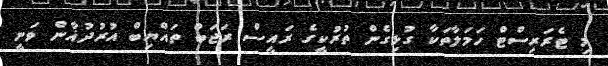
މި ޓެރަރިސްޓް ހަމަލާތަކާ ގުޅިގެން ތުރުކީގެ ރައީސް ރަޖަބް ތައްޔިބް އުރުދުޣާން ވަނީ